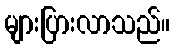
များပြားလာသည်။